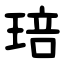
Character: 琣